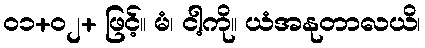
၀၁+၀၂+ ဖြင့်။ မံ၊ ငါ့ကို။ ယံအနုတာလယိ၊